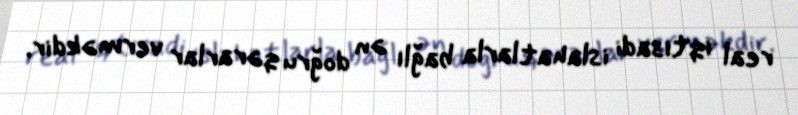
real iqtisadi islahatlarla bağlı ən doğru qərarlar verməkdir.